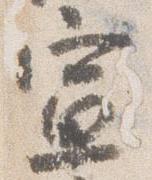
宣